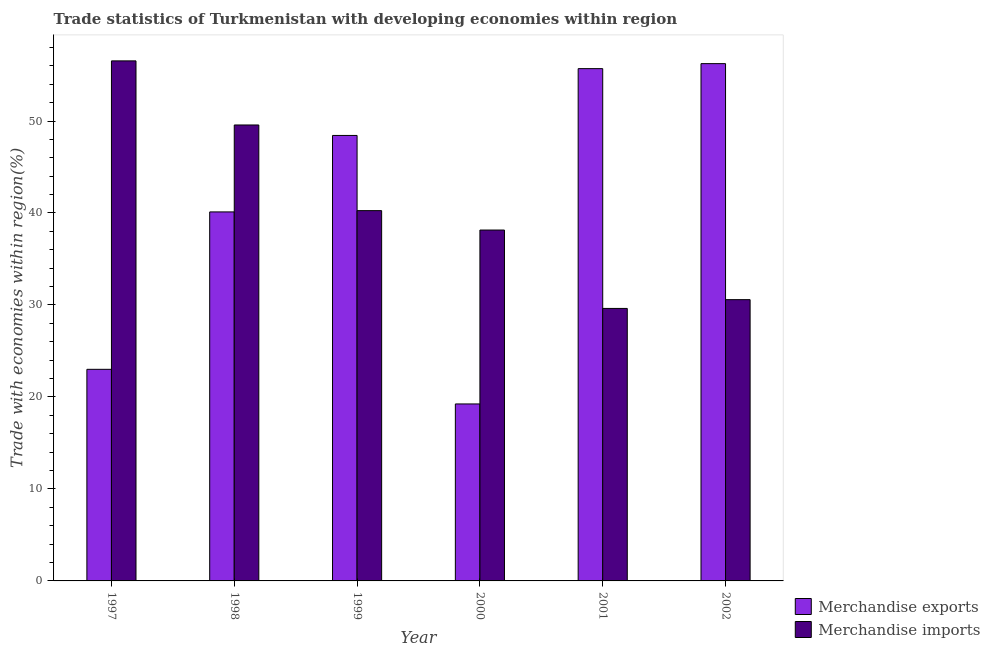
| Year | Merchandise exports | Merchandise imports |
 | --- | --- | --- |
 | 1997 | 23 | 56.5 |
 | 1998 | 40.1 | 49.6 |
 | 1999 | 48.4 | 40.3 |
 | 2000 | 19.2 | 38.1 |
 | 2001 | 55.7 | 29.6 |
 | 2002 | 56.2 | 30.6 |